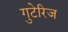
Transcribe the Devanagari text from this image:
गुटेरिज